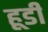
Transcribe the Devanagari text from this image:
हूडी